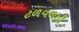
ટળવળતી